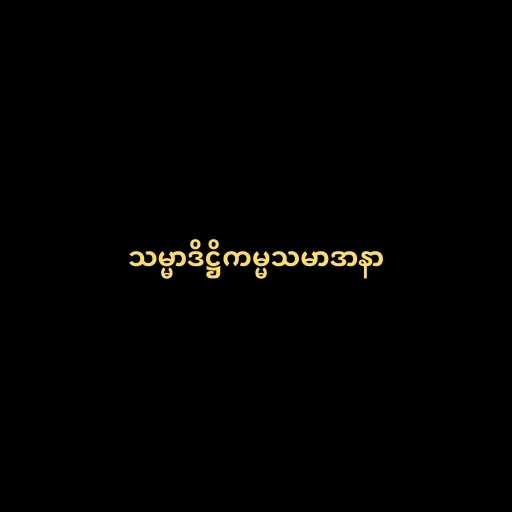
သမ္မာဒိဋ္ဌိကမ္မသမာဒာနာ